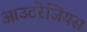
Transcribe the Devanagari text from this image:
आउटरेजियस